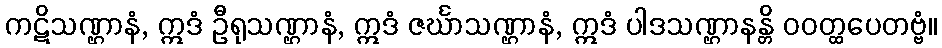
ကဋိသဏ္ဌာနံ, ဣဒံ ဦရုသဏ္ဌာနံ, ဣဒံ ဇင်္ဃာသဏ္ဌာနံ, ဣဒံ ပါဒသဏ္ဌာနန္တိ ဝဝတ္ထပေတဗ္ဗံ။